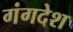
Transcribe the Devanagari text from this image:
गंगदेश